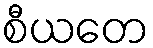
စီယတေ